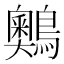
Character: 䴈